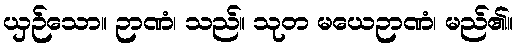
ယှဉ်သော။ ဉာဏံ၊ သည်။ သုတ မယေဉာဏံ၊ မည်၏။